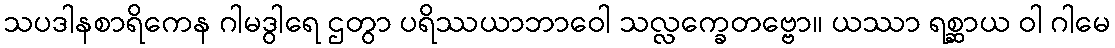
သပဒါနစာရိကေန ဂါမဒွါရေ ဌတွာ ပရိဿယာဘာဝေါ သလ္လက္ခေတဗ္ဗော။ ယဿာ ရစ္ဆာယ ဝါ ဂါမေ